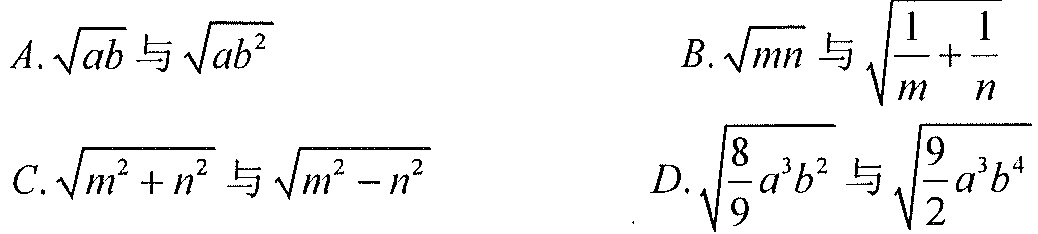
\(A.\sqrt{ab}与\sqrt{ab^{2}}\)  \(B.\sqrt{mn}与\sqrt{\frac{1}{m}+\frac{1}{n}}\)
\(C.\sqrt{m^{2}+n^{2}}与\sqrt{m^{2}-n^{2}}\)  \(D.\sqrt{\frac{8}{9}a^{3}b^{2}}与\sqrt{\frac{9}{2}a^{3}b^{4}}\)